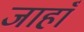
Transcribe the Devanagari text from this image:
जाहाँ